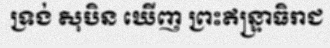
ទ្រង់ សុបិន ឃើញ ព្រះឥន្ទ្រាធិរាជ